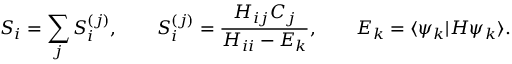
S _ { i } = \sum _ { j } S _ { i } ^ { ( j ) } , \qquad S _ { i } ^ { ( j ) } = \frac { H _ { i j } C _ { j } } { H _ { i i } - E _ { k } } , \qquad E _ { k } = \langle \psi _ { k } \vert H \psi _ { k } \rangle .